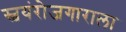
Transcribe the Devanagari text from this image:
स्वयंरोजगाराला